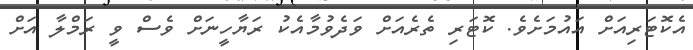
އެކޮޓަރިއަށް އައުމަށެވެ. ކޮޓަރި ތެރެއަށް ވަދެވުމާއެކު ރަޔާހީނަށް ވެސް ވީ ރަމްލާ އަށް